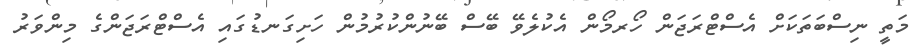
މަތީ ނިސްބަތަކަށް އެސްޓްރަޖަން ހޯރމޯން އެކުލެވޭ ބޭސް ބޭނުންކުރުމުން ހަށިގަނޑުގައި އެސްޓްރަޖަންގެ މިންވަރު